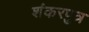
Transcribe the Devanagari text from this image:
शंकरपुत्र